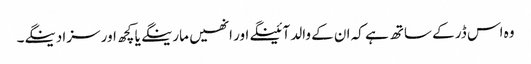
وہ اس ڈر کے ساتھ ہے کہ ان کے والد آئینگے اور انھیں مارینگے یا کچھ اور سزا دینگے۔